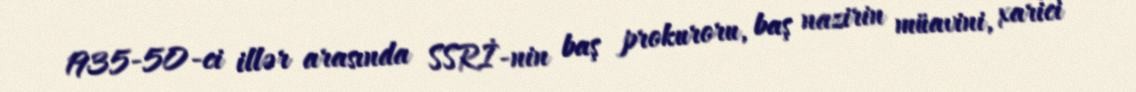
1935-50-ci illər arasında SSRİ-nin baş prokuroru, baş nazirin müavini, xarici